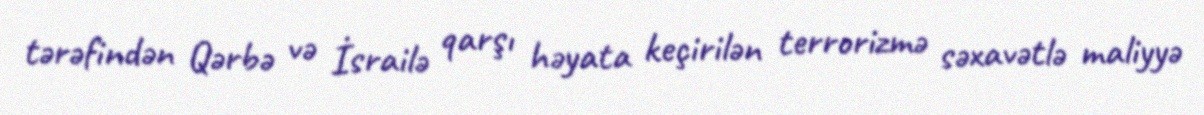
tərəfindən Qərbə və İsrailə qarşı həyata keçirilən terrorizmə səxavətlə maliyyə